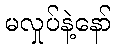
မလှုပ်နဲ့နော်